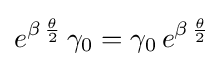
e^{\beta \,{\frac {\theta }{2}}}\,\gamma _{0}=\gamma _{0}\,e^{\beta \,{\frac {\theta }{2}}}